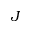
J